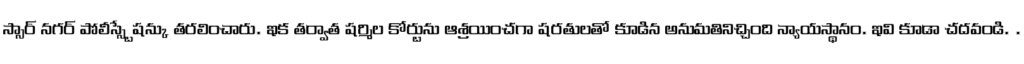
స్సార్ నగర్ పోలీస్స్టేషన్కు తరలించారు. ఇక తర్వాత షర్మిల కోర్టును ఆశ్రయించగా షరతులతో కూడిన అనుమతినిచ్చింది న్యాయస్థానం. ఇవి కూడా చదవండి. .